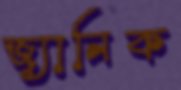
জ্যানিক